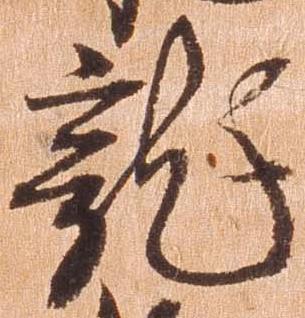
龍